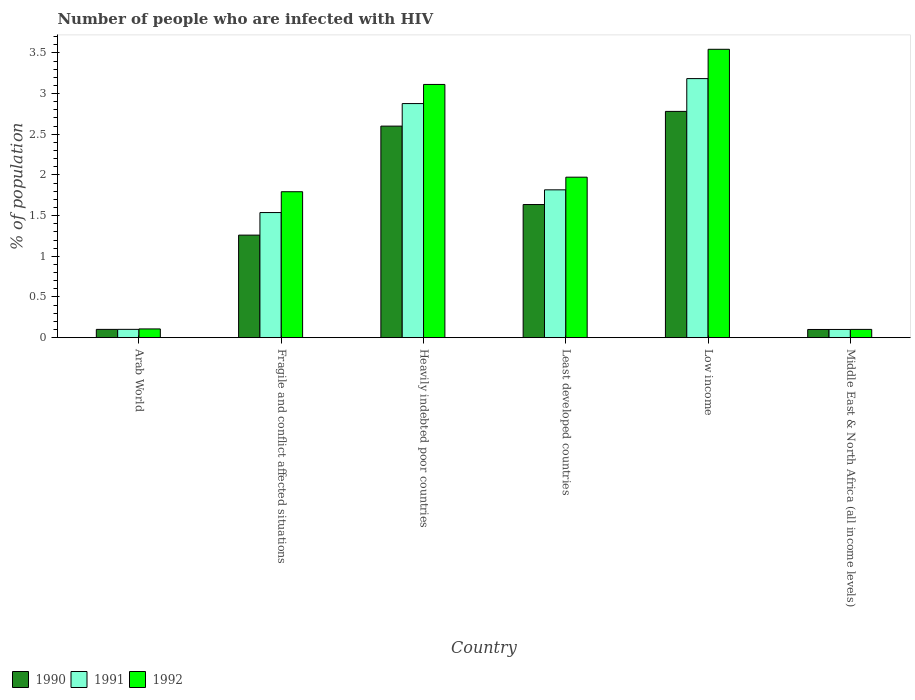
| Country | 1990 | 1991 | 1992 |
 | --- | --- | --- | --- |
 | Arab World | 0.102 | 0.102 | 0.107 |
 | Fragile and conflict affected situations | 1.26 | 1.54 | 1.79 |
 | Heavily indebted poor countries | 2.6 | 2.88 | 3.11 |
 | Least developed countries | 1.64 | 1.82 | 1.97 |
 | Low income | 2.78 | 3.18 | 3.54 |
 | Middle East & North Africa (all income levels) | 0.101 | 0.101 | 0.101 |